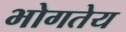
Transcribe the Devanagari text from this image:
भोगतेय